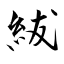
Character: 紱